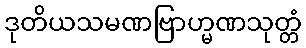
ဒုတိယသမဏဗြာဟ္မဏသုတ္တံ